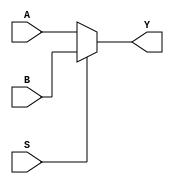
module MUX2_4B (A,B,S,Y);
    input [3:0] A,B;
    input S;
    output [3:0] Y;
    assign Y = (S)? B: A; 
endmodule